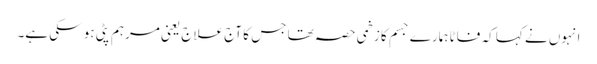
انہوں نے کہا کہ فاٹا ہمارے جسم کا زخمی حصہ تھا جس کا آج علاج یعنی مرہم پٹی ہو سکی ہے۔